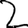
Digit: 2